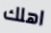
اهلك